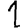
Digit: 1